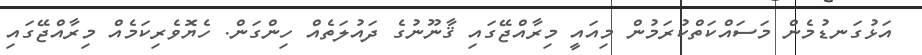
އަޅުގަނޑުމެން މަސައްކަތްކުރަމުން މިއައީ މިރާއްޖޭގައި ޤާނޫނުގެ ދައުލަތެއް ހިންގަން. ހެޔޮވެރިކަމެއް މިރާއްޖޭގައި